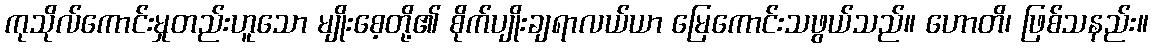
ကုသိုလ်ကောင်းမှုတည်းဟူသော မျိုးစေ့တို့၏ စိုက်ပျိုးချရာလယ်ယာ မြေကောင်းသဖွယ်သည်။ ဟောတိ၊ ဖြစ်သနည်း။